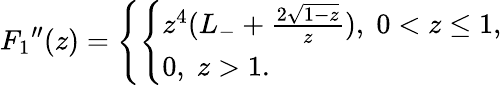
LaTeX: {F_{1}}^{\prime\prime}(z)=\left\{ \left\{ \begin{array}{ll}{{z^{4}(L_{-}+{\frac{2\sqrt{1-z}}{z}}),\; 0<z\le 1,}}\\ {{0,\; z>1.}}\end{array}\right.\right.